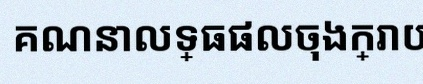
គណនាលទ្ធផលចុងក្រោយ